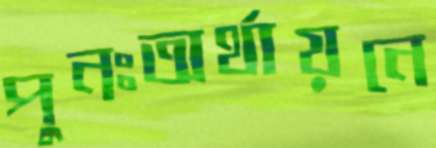
পুনঃঅর্থায়নে